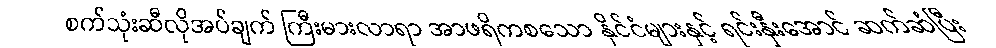
စက်သုံးဆီလိုအပ်ချက် ကြီးမားလာရာ အာဖရိကစသော နိုင်ငံများနှင့် ရင်းနှီးအောင် ဆက်ဆံပြီး